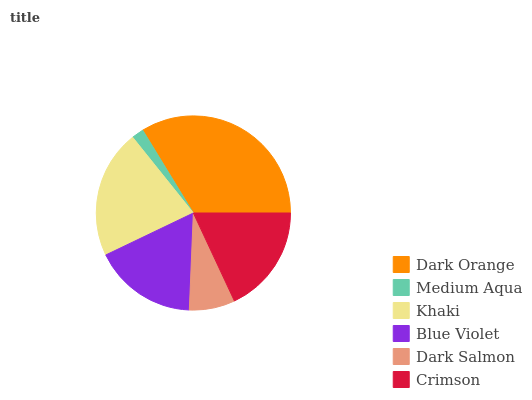
| Dark Orange | Medium Aqua | Khaki | Blue Violet | Dark Salmon | Crimson |
 | --- | --- | --- | --- | --- | --- |
 | 33.8% | 2.02% | 21.4% | 17.2% | 7.62% | 18% |